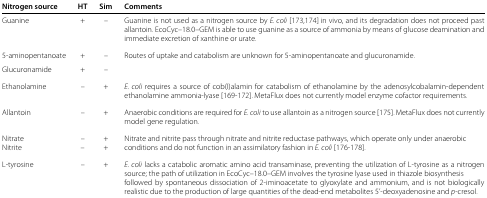
| Nitrogen source | HT | Sim | Comments |
 | --- | --- | --- | --- |
 | Guanine | + | – | Guanine is not used as a nitrogen source by E. coli[173,174] in vivo, and its degradation does not proceed past allantoin. EcoCyc–18.0–GEM is able to use guanine as a source of ammonia by means of glucose deamination and immediate excretion of xanthine or urate. |
 | 5-aminopentanoate | + | – | Routes of uptake and catabolism are unknown for 5-aminopentanoate and glucuronamide. |
 | Glucuronamide | + | – |  |
 | Ethanolamine | – | + | E. coli requires a source of cob(I)alamin for catabolism of ethanolamine by the adenosylcobalamin-dependent ethanolamine ammonia-lyase [169-172]. MetaFlux does not currently model enzyme cofactor requirements. |
 | Allantoin | – | + | Anaerobic conditions are required for E. coli to use allantoin as a nitrogen source [175]. MetaFlux does not currently model gene regulation. |
 | Nitrate | – | + | Nitrate and nitrite pass through nitrate and nitrite reductase pathways, which operate only under anaerobic |
 | Nitrite | – | + | conditions and do not function in an assimilatory fashion in E. coli[176-178]. |
 | L-tyrosine | – | + | E. coli lacks a catabolic aromatic amino acid transaminase, preventing the utilization of L-tyrosine as a nitrogen source; the path of utilization in EcoCyc–18.0–GEM involves the tyrosine lyase used in thiazole biosynthesis followed by spontaneous dissociation of 2-iminoacetate to glyoxylate and ammonium, and is not biologically realistic due to the production of large quantities of the dead-end metabolites 5’-deoxyadenosine and p-cresol. |